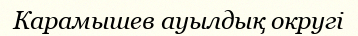
Карамышев ауылдық округі